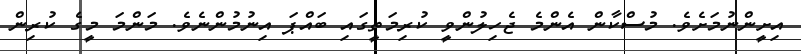
އިށީންނުމަށެވެ. މުސްކާން އެންމެ ޖެހިލުންވީ ކުރިމަތީގައި ބައްޕަ އިނުމުންނެވެ. މަންމަ މީގެ ކުރިން